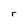
Character: r